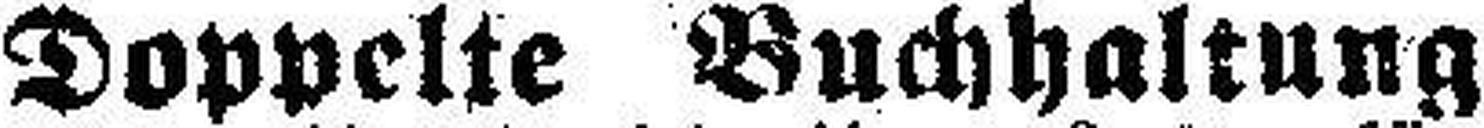
Doppelte Buchhaltung